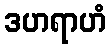
ဒဟရာဟံ